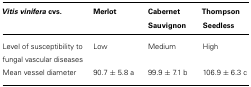
<table><thead><tr><td><b><i>Vitis vinifera</i> cvs.</b></td><td><b>Merlot</b></td><td><b>Cabernet Sauvignon</b></td><td><b>Thompson Seedless</b></td></tr></thead><tbody><tr><td>Level of susceptibility to fungal vascular diseases</td><td>Low</td><td>Medium</td><td>High</td></tr><tr><td>Mean vessel diameter</td><td>90.7 ± 5.8 a</td><td>99.9 ± 7.1 b</td><td>106.9 ± 6.3 c</td></tr></tbody></table>